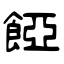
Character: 𩜄